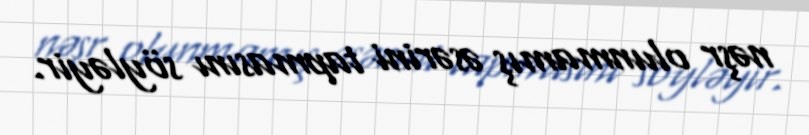
nəşr olunmamış əsərini tapmasını söyləyir.